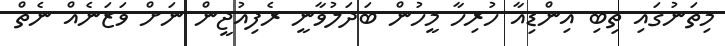
މިތަނުގައި ތިބި އިންޑިއާ ހުރިހާ މީހުން ބަދަލުވާނީ ރެފިއުޖީން ނަށް ވަޒަނެއް ނެތް